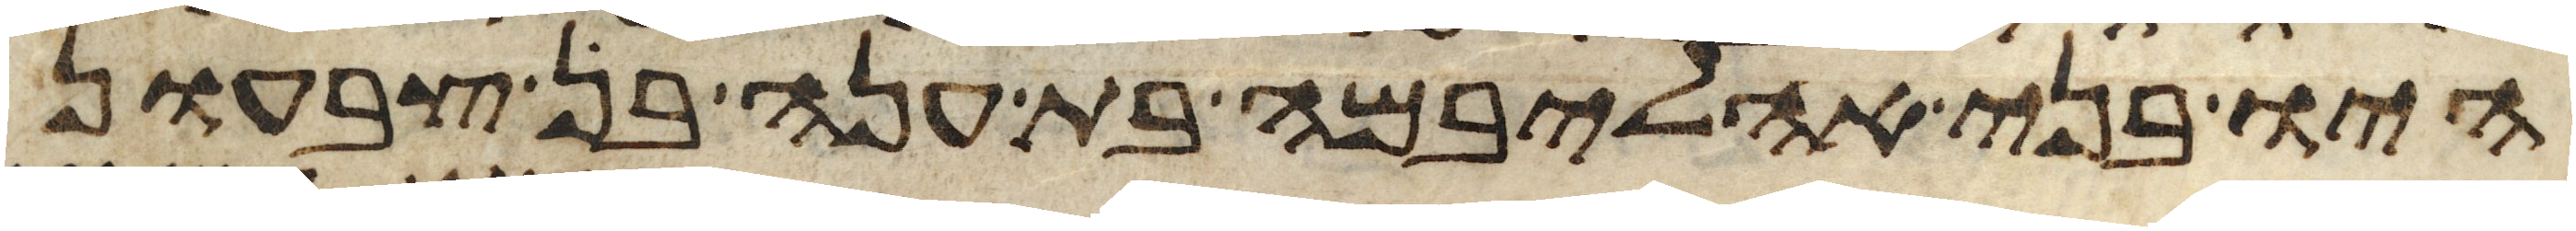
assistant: היו בני אהליבמה בת ענה בן צבעון